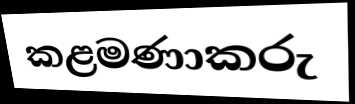
කළමණාකරු